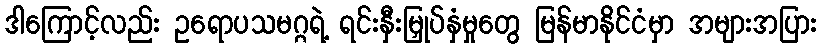
ဒါကြောင့်လည်း ဥရောပသမဂ္ဂရဲ့ ရင်းနှီးမြှုပ်နှံမှုတွေ မြန်မာနိုင်ငံမှာ အများအပြား